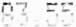
83.55